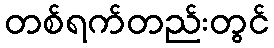
တစ်ရက်တည်းတွင်